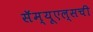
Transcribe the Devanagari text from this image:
सॅम्यूएल्सची